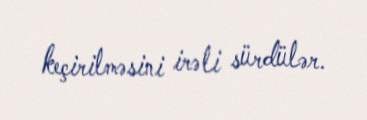
keçirilməsini irəli sürdülər.